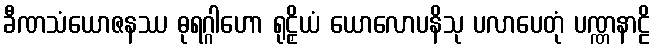
ခီဏသံယောဇနဿ ဓုရဂ္ဂါဟော ရုဠှိယံ ယောလောပနိသု ပလာပေတုံ ပဏ္ဏနာဠိ